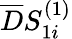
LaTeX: \overline{{D}}S_{1i}^{(1)}